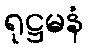
ရုဋ္ဌမနံ